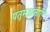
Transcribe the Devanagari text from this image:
पतुमक्कताष़ि